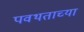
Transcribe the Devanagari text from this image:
पवथताच्या